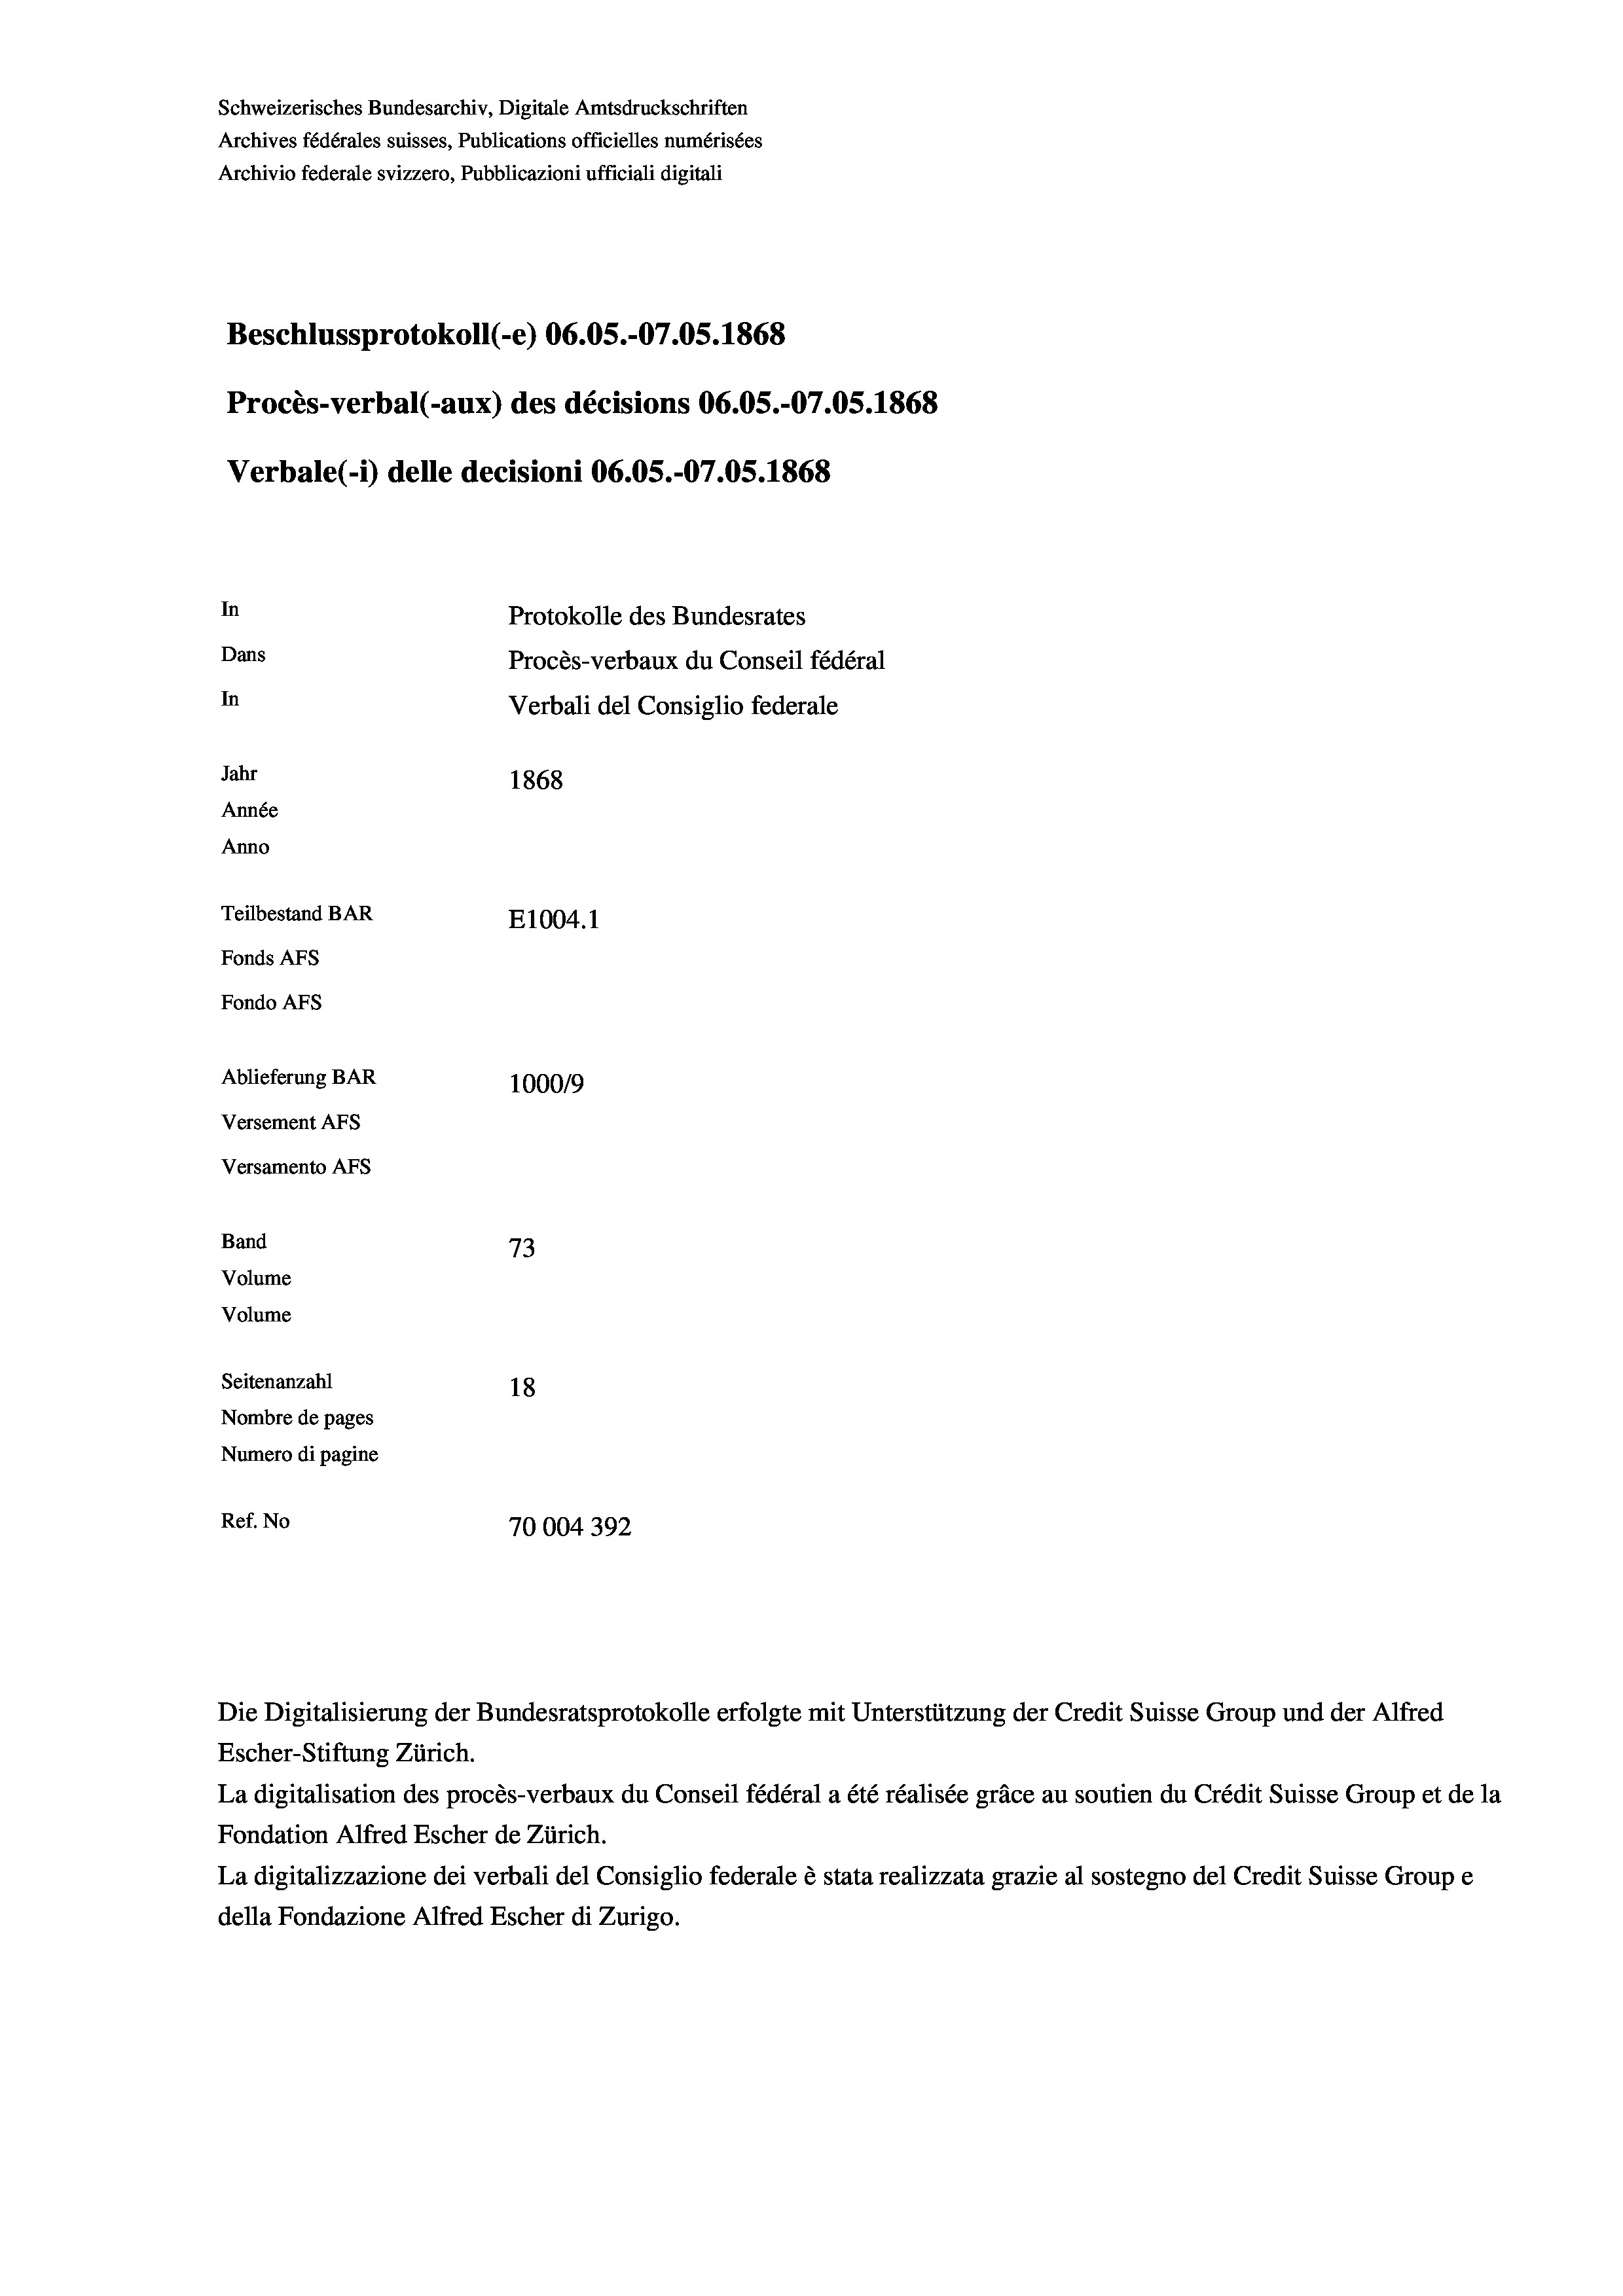
Beschlussprotokoll (-e) 06.05.-07.05. 1868
Procès-verbal (-aux) des décisions 06.OS.-07.05. 1868
In
Protokolle des Bundesrates
Dans
Procès-verbaux du Conseil fédéral
In
Verbali del Consiglio federale
Jahr
1868
Année
Anno
Teilbestand BAR
E1004.1
Fonds AFs
Fondo AFS
Ablieferung BAR
100019
Versement AFs

Versamento AFs
Band
Volume
Volume
Seitenanzahl

73
18
Nombre de pages
Numero di pagine
Ref. No
70004392

Schweizerisches Bundesarchiv, Digitale Amtsdruckschriften
Archives fédérales suisses, Publications officielles numérisées
Archivio federale svizzero, Pubblicazioni ufficiali digitali

Verbale(-*) delle decisioni 06.05.-07.05. 1868

Die Digitalisierung der Bundesratsprotokolle erfolgte mit Unterstützung der Credit Suisse Group und der Alfred
Escher-Stiftung Zürich.
La digitalisation des procès-verbaux du Conseil fédéral a été réalisée gräce au soutien du Crédit Suisse Group et de la
Fondation Alfred Escher de Zürich.
La digitalizzazione dei verbali del Consiglio federale è stata realizzata grazie al sostegno del Credit Suisse Groupe
della Fondazione Alfred Escher di Zurigo.